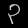
Digit: ၃